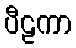
ပီဠကာ